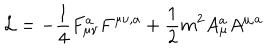
{ \cal L } = - \frac { 1 } { 4 } F _ { \mu \nu } ^ { a } F ^ { \mu \nu , a } + \frac { 1 } { 2 } m ^ { 2 } A _ { \mu } ^ { a } A ^ { \mu , a }